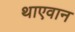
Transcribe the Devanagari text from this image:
थाएवान